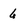
Character: 6